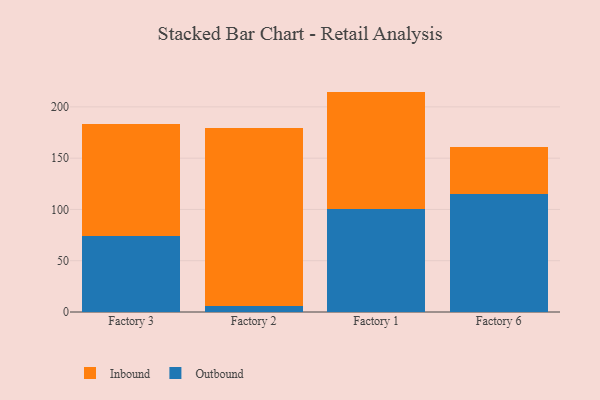
{"axis": {"x": "Factory", "y": "Revenue (USD Million)"}, "legend": ["Inbound", "Outbound"], "data": [{"x": "Factory 3", "y": 74.1, "type": "Outbound"}, {"x": "Factory 3", "y": 109.0, "type": "Inbound"}, {"x": "Factory 2", "y": 6.0, "type": "Outbound"}, {"x": "Factory 2", "y": 173.4, "type": "Inbound"}, {"x": "Factory 1", "y": 100.9, "type": "Outbound"}, {"x": "Factory 1", "y": 114.0, "type": "Inbound"}, {"x": "Factory 6", "y": 114.8, "type": "Outbound"}, {"x": "Factory 6", "y": 46.1, "type": "Inbound"}]}